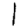
Digit: 1